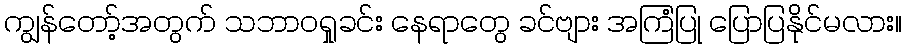
ကျွန်တော့်အတွက် သဘာဝရှုခင်း နေရာတွေ ခင်ဗျား အကြံပြု ပြောပြနိုင်မလား။